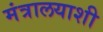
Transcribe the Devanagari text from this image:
मंत्रालयाशी